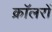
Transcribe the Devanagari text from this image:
क्रॉलरों